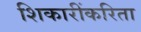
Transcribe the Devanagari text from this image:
शिकारींकरिता